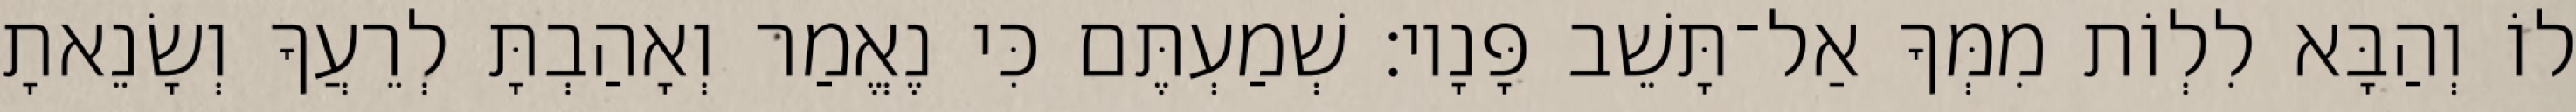
לוֹ וְהַבָּא לִלְוֹת מִמְּךָ אַל־תָּשֵׁב פָּנָיו׃ שְׁמַעְתֶּם כִּי נֶאֱמַר וְאָהַבְתָּ לְרֵעֲךָ וְשָׂנֵאתָ